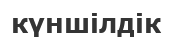
күншілдік